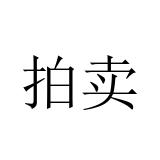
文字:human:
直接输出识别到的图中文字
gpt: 拍卖